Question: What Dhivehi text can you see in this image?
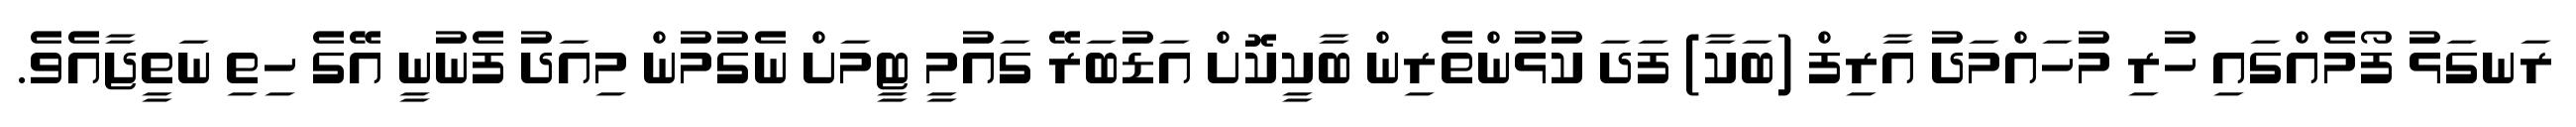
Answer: ރަނގަޅު ފޯމެއްގައި ހުރި މުހައްމަދު އާރިފް (ބަކާ) ފަދަ ކުޅުންތެރިން ބާކީކޮށް އަޑުބަރޭ ގައުމީ ޓީމަށް ނެގުމުން މިއަދު ފެނުނީ އޭގެ ހިތި ނަތީޖާއެވެ.